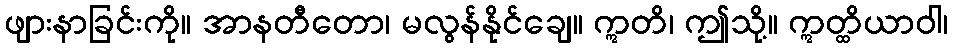
ဖျားနာခြင်းကို။ အာနတီတော၊ မလွန်နိုင်ချေ။ ဣတိ၊ ဤသို့။ ဣတ္ထိယာဝါ၊